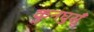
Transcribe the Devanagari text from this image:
कुनघुसूँ